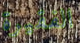
الفقيرة